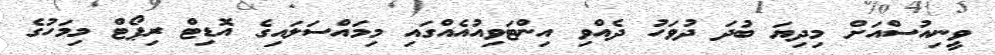
ވީނިއުސްއަށް މިދިޔަ ބުދަ ދުވަހު ދެއްވި އިންޓަވިއުއެއްގައި މިމައްސަލައިގެ އޮޑިޓް ރިޕޯޓް މިމަހުގެ